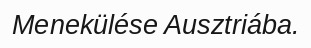
Menekülése Ausztriába.